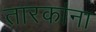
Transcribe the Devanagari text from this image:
तारकांना